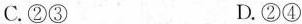
C.②③ D.②④